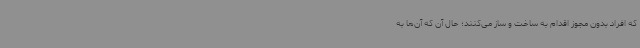
که افراد بدون مجوز اقدام به ساخت و ساز می‌کنند؛ حال آن که آن‌ها به